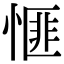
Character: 㥱